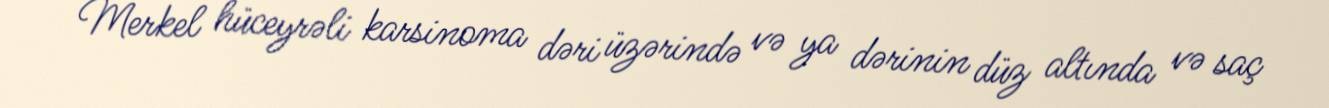
Merkel hüceyrəli karsinoma dəri üzərində və ya dərinin düz altında və saç